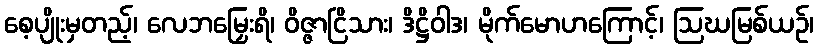
စေ့ပျိုးမှတည့်၊ လေဘမြှေးရိ၊ ဝိဇ္ဇာငြိသား၊ ဒိဋ္ဌိဝါဒ၊ မိုက်မောဟကြောင့်၊ ဩဃမြစ်ယဉ်၊